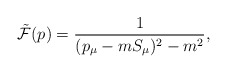
\begin{align*}{\tilde{\cal F}}(p)=\frac{1}{(p_{\mu}-mS_{\mu})^2-m^2},\end{align*}